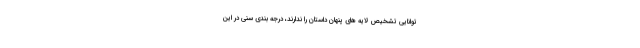
توانایی تشخیص لایه های پنهان داستان را ندارند، درجه بندی سنی در این